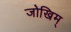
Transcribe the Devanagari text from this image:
जोखिम्